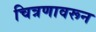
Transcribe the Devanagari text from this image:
चित्रणावरून